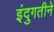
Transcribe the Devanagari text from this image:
इंदुगतीने